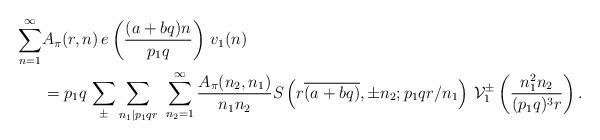
LaTeX: \begin{align*} \sum_{n=1}^{\infty}&A_{\pi}(r,n)\,e\left(\frac{(a+bq)n}{p_1q }\right) \,v_1(n)\\ & = p_1q\, \sum_{\pm} \sum_{n_{1}|p_1 qr}\,\, \sum_{n_{2}=1}^{\infty} \frac{A_{\pi}(n_{2},n_{1})}{n_{1} n_{2}} S\left( r\overline{(a+bq)}, \pm n_{2}; p_1qr/n_{1}\right) \, \mathcal{V}^{\pm}_1 \left(\frac{n_{1}^2 n_{2}}{(p_1q)^3r }\right).\end{align*}